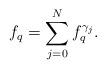
LaTeX: \begin{align*}f_q=\sum_{j=0}^Nf_q^{\gamma_j}.\end{align*}